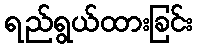
ရည်ရွယ်ထားခြင်း